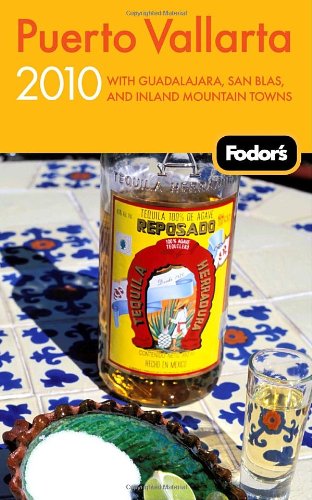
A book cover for Fodor's Puerto Vallarta 2010: With Guadalajara, San Blas, and Inland Mountain Towns (Travel Guide); Fodor's; Travel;